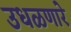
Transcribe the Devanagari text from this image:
उधळणारे